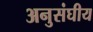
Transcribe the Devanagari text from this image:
अनुसंघीय